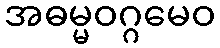
အဓမ္မဝဂ္ဂမေဝ